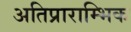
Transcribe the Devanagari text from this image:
अतिप्राराम्भिक